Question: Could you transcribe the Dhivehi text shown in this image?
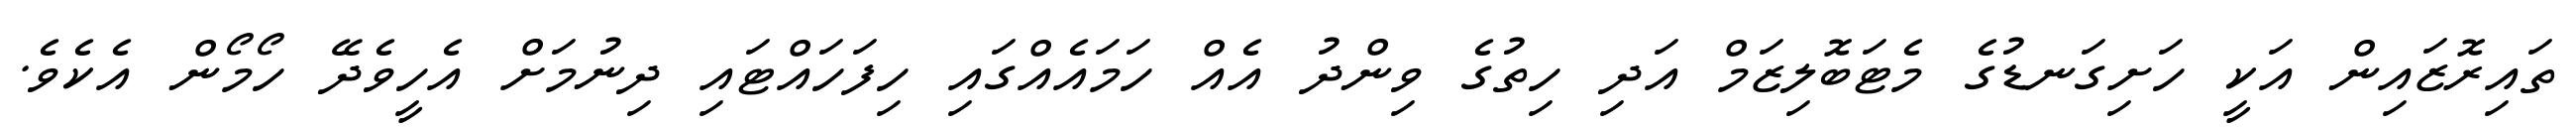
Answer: ތައިރޮޒައިން އަކީ ހަށިގަނޑުގެ މެޓަބޮލިޒަމް އަދި ހިތުގެ ވިންދު އެއް ހަމައެއްގައި ހިފަހައްޓައި ދިނުމަށް އެހީވެދޭ ހޯމޯން އެކެވެ.